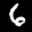
Label: 6